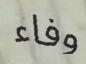
وفاء